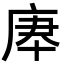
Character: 𢈰